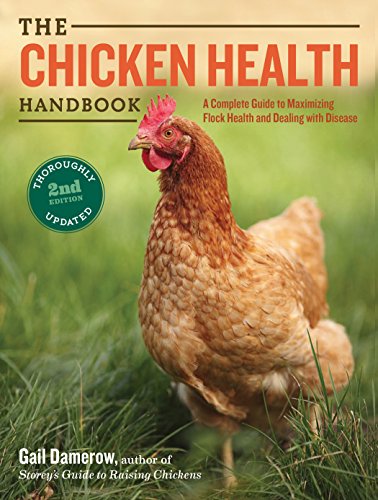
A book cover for The Chicken Health Handbook, 2nd Edition: A Complete Guide to Maximizing Flock Health and Dealing with Disease; Gail Damerow; Medical Books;